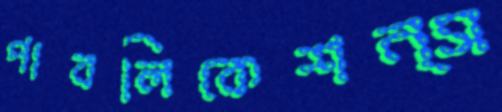
পাবলিকেশন্স